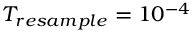
T _ { r e s a m p l e } = 1 0 ^ { - 4 }